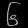
Digit: ၆